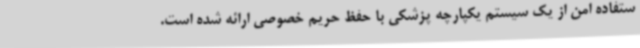
ستفاده امن از یک سیستم یکپارچه پزشکی با حفظ حریم خصوصی ارائه شده است.